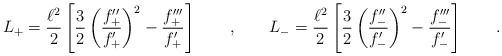
\begin{align*}L_+= \frac {\ell^2} 2 \left [\frac 3 2 \left ( \frac {f''_+}{ f'_+} \right ) ^2- \frac { f'''_+}{ f'_+} \right ] \qquad , \qquad L_-= \frac {\ell^2} 2 \left [\frac 3 2 \left ( \frac {f''_-}{ f'_-} \right ) ^2- \frac { f'''_-}{ f'_-} \right ] \qquad .\end{align*}